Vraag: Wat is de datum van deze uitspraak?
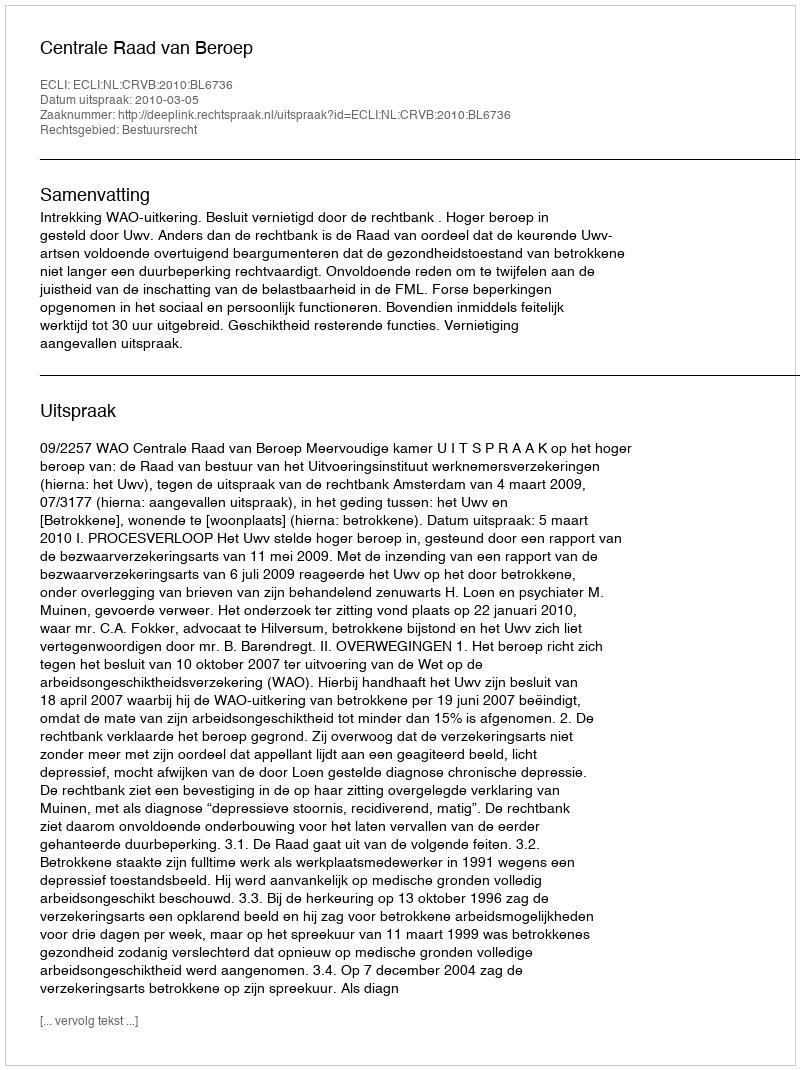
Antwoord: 2010-03-05